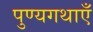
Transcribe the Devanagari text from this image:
पुण्यगथाएँ